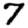
Digit: 7